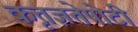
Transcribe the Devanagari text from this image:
कृतज्ञतेपोटी